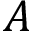
A